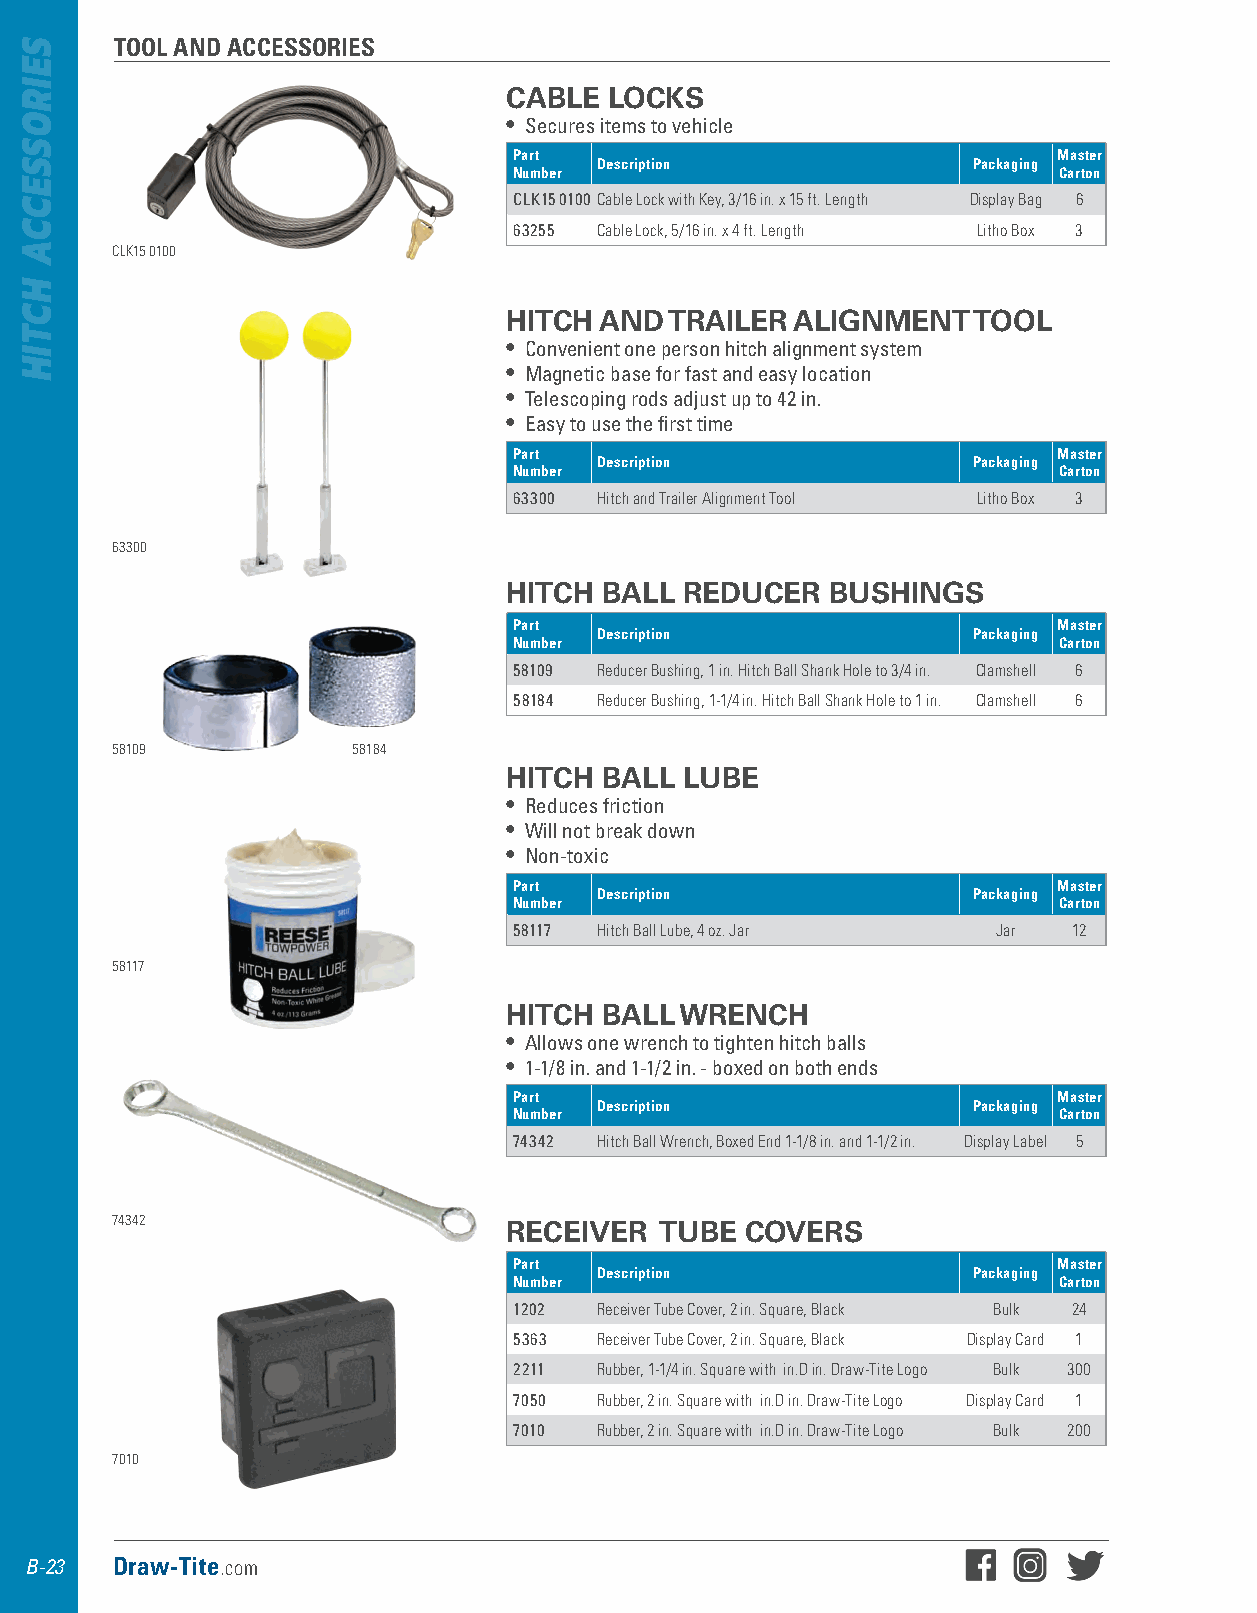
TOOL AND ACCESSORIES
 CABLE  LOCKS
 • Secures items to vehicle
 Part                                Master
 Description             Packaging
 Number                              Carton
 CLK15 0100 Cable Lock with Key, 3/16 in. x 15 ft. Length Display Bag 6
 63255 Cable Lock, 5/16 in. x 4 ft. Length Litho Box 3
 CLK15 0100
 HITCH  AND TRAILER  ALIGNMENT  TOOL
 • Convenient one person hitch alignment system
 • Magnetic base for fast and easy location
 • Telescoping rods adjust up to 42 in .
 • Easy to use the first time
 Part                                Master
 Description             Packaging
 Number                              Carton
 63300 Hitch and Trailer Alignment Tool Litho Box 3
 63300
 HITCH  BALL REDUCER   BUSHINGS
 Part                                Master
 Description             Packaging
 Number                              Carton
 58109 Reducer Bushing, 1 in. Hitch Ball Shank Hole to 3/4 in. Clamshell 6
 58184 Reducer Bushing, 1-1/4 in. Hitch Ball Shank Hole to 1 in. Clamshell 6
 58109           58184
 HITCH  BALL LUBE
 • Reduces friction
 • Will not break down
 • Non-toxic
 Part                                Master
 Description             Packaging
 Number                              Carton
 58117 Hitch Ball Lube, 4 oz. Jar Jar 12
 58117
 HITCH  BALL WRENCH
 • Allows one wrench to tighten hitch balls
 • 1-1/8 in . and 1-1/2 in . - boxed on both ends
 Part                                Master
 Description             Packaging
 Number                              Carton
 74342 Hitch Ball Wrench, Boxed End 1-1/8 in. and 1-1/2 in. Display Label 5
 74342                     RECEIVER   TUBE COVERS
 Part                                Master
 Description             Packaging
 Number                              Carton
 1202  Receiver Tube Cover, 2 in. Square, Black Bulk 24
 5363  Receiver Tube Cover, 2 in. Square, Black Display Card 1
 2211  Rubber, 1-1/4 in. Square with in.D in. Draw-Tite Logo Bulk 300
 7050  Rubber, 2 in. Square with in.D in. Draw-Tite Logo Display Card 1
 7010  Rubber, 2 in. Square with in.D in. Draw-Tite Logo Bulk 200
 7010
 B-23 Draw-Tite.com
 SEIROSSECCA
 HCTIH